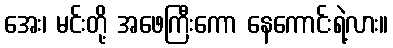
အေး၊ မင်းတို့ အဖေကြီးကော နေကောင်းရဲ့လား။